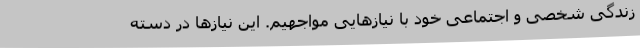
زندگی شخصی و اجتماعی خود با نیازهایی مواجهیم. این نیازها در دسته